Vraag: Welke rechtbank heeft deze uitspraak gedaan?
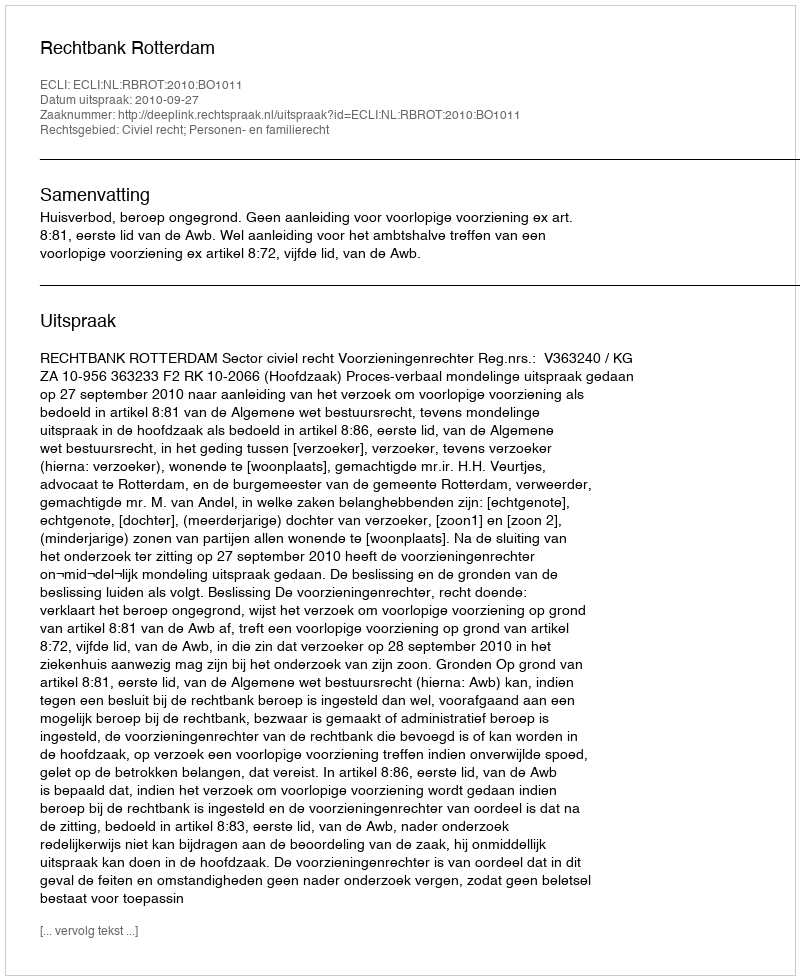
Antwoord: Rechtbank Rotterdam